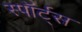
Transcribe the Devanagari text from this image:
स्पॉर्ट्स